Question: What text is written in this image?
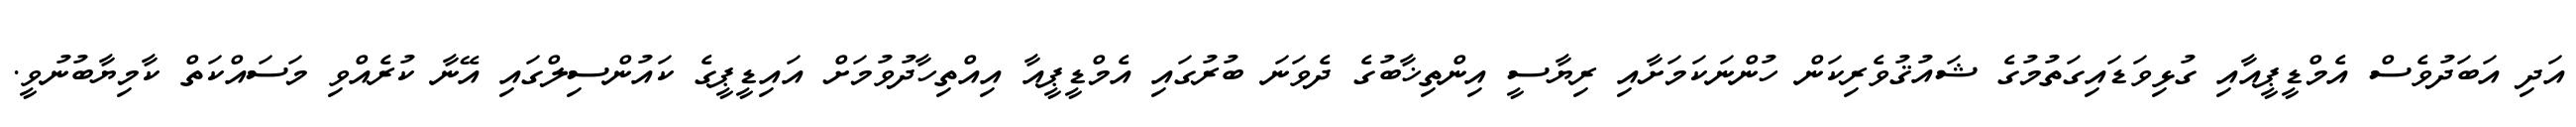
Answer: އަދި އަބަދުވެސް އެމްޑީޕީއާއި ގުޅިވަޑައިގަތުމުގެ ޝައުޤުވެރިކަން ހުންނަކަމަށާއި ރިޔާސީ އިންތިޚާބުގެ ދެވަނަ ބުރުގައި އެމްޑީޕީއާ އިއްތިހާދުވުމަށް އައިޑީޕީގެ ކައުންސިލްގައި އޭނާ ކުރެއްވި މަސައްކަތް ކާމިޔާބުނުވީ.